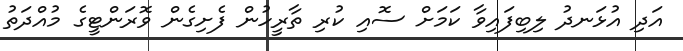
އަދި އުޅަނދު ލިބިފައިވާ ކަމަށް ސޮއި ކުރި ތާރީހުން ފެށިގެން ވޮރަންޓީގެ މުއްދަތު